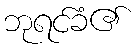
ဘုရင်ခံ၏